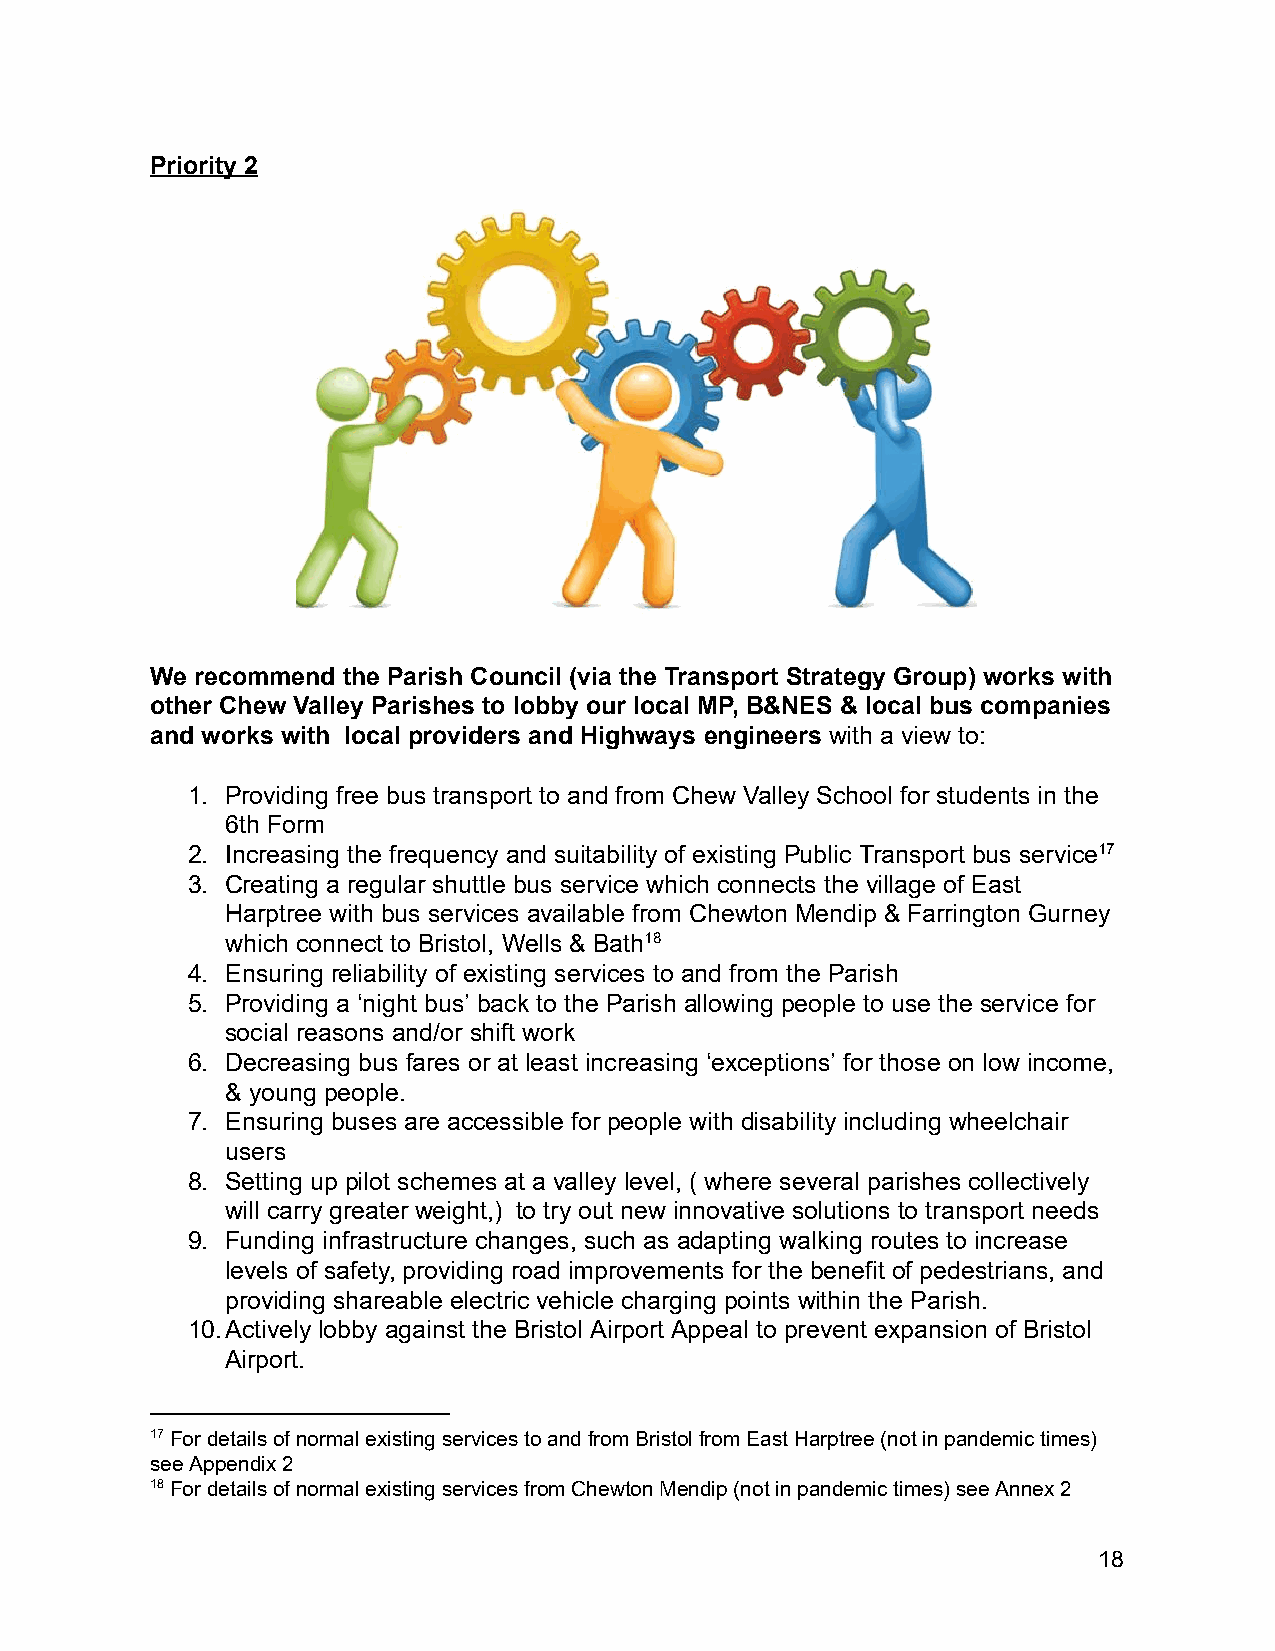
Priority 2
 We recommend the Parish Council (via the Transport Strategy Group) works with
 other Chew Valley Parishes to lobby our local MP, B&NES & local bus companies
 and works with l ocal providers and Highways engineers w ith a view to:
 1. Providing free bus transport to and from Chew Valley School for students in the
 6th Form
 2. Increasing the frequency and suitability of existing Public Transport bus service1 7
 3. Creating a regular shuttle bus service which connects the village of East
 Harptree with bus services available from Chewton Mendip & Farrington Gurney
 which connect to Bristol, Wells & Bath 18
 4. Ensuring reliability of existing services to and from the Parish
 5. Providing a ‘night bus’ back to the Parish allowing people to use the service for
 social reasons and/or shift work
 6. Decreasing bus fares or at least increasing ‘exceptions’ for those on low income,
 & young people.
 7. Ensuring buses are accessible for people with disability including wheelchair
 users
 8. Setting up pilot schemes at a valley level, ( where several parishes collectively
 will carry greater weight,) t o try out new innovative solutions to transport needs
 9. Funding infrastructure changes, such as adapting walking routes to increase
 levels of safety, providing road improvements for the benefit of pedestrians, and
 providing shareable electric vehicle charging points within the Parish.
 10.Actively lobby against the Bristol Airport Appeal to prevent expansion of Bristol
 Airport.
 17 For details of normal existing services to and from Bristol from East Harptree (not in pandemic times)
 see Appendix 2
 18 For details of normal existing services from Chewton Mendip (not in pandemic times) see Annex 2
 18